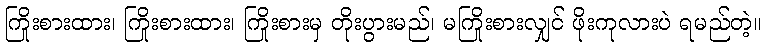
ကြိုးစားထား၊ ကြိုးစားထား၊ ကြိုးစားမှ တိုးပွားမည်၊ မကြိုးစားလျှင် ဖိုးကုလားပဲ ရမည်တဲ့။